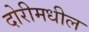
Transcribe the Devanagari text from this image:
दोरीमधील